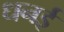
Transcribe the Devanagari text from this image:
धनई